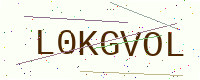
Text: L0KGVOL